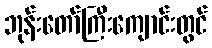
ဘုန်းတော်ကြီးကျောင်းတွင်